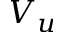
V _ { u }